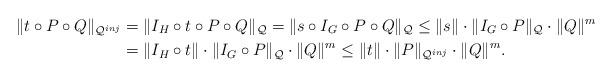
LaTeX: \begin{align*}\|t\circ P\circ Q\|_{\mathcal{Q}^{inj}} & = \|I_H\circ t\circ P\circ Q\|_{\mathcal{Q}}= \|s\circ I_G\circ P\circ Q\|_{\mathcal{Q}}\leq \|s\| \cdot\|I_G\circ P\|_{\mathcal{Q}}\cdot \|Q\|^m \\&= \|I_H\circ t\| \cdot\|I_G\circ P\|_{\mathcal{Q}} \cdot\|Q\|^m\leq \|t\| \cdot\|P\|_{\mathcal{Q}^{inj}} \cdot\|Q\|^m.\end{align*}